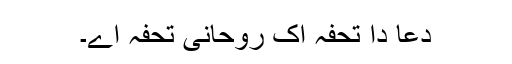
دعا دا تحفہ اِک روحانی تحفہ اے۔